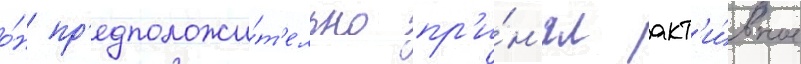
о́н пр'едположи́т'ельно пр'и́н'ял акт'и́вное